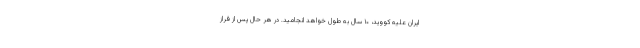
ایران علیه کووید، ۱۰ سال به طول خواهد انجامید. در هر حال پس از فراز